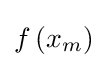
f\left(x_{m}\right)